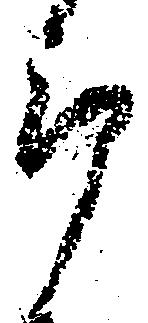
郎